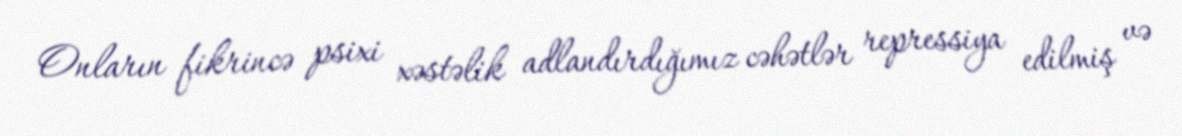
Onların fikrincə psixi xəstəlik adlandırdığımız cəhətlər repressiya edilmiş və